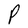
Character: P